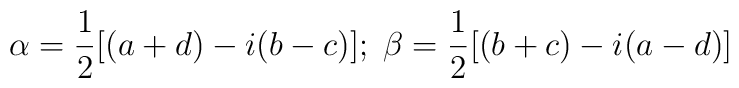
\alpha=\frac{1}{2}[(a+d)-i(b-c)];\;     \beta= \frac{1}{2}[(b+c)-i(a-d)]